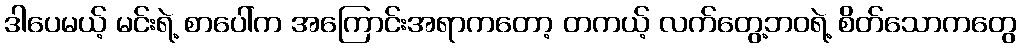
ဒါပေမယ့် မင်းရဲ့ စာပေါ်က အကြောင်းအရာကတော့ တကယ့် လက်တွေ့ဘဝရဲ့ စိတ်သောကတွေ